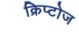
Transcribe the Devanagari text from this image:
क्रिप्टोज